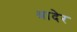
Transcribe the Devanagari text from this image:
श्रादेर